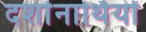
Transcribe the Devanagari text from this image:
दर्शानार्थियों